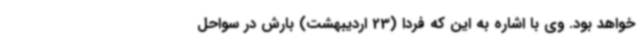
خواهد بود. وی با اشاره به این که فردا (23 اردیبهشت) بارش در سواحل